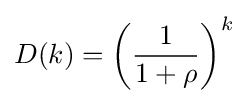
D(k)=\left({\frac {1}{1+\rho }}\right)^{k}